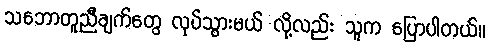
သဘောတူညီချက်တွေ လုပ်သွားမယ် လို့လည်း သူက ပြောပါတယ်။